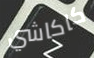
كاكاشي